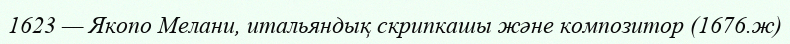
1623 — Якопо Мелани, итальяндық скрипкашы және композитор (1676.ж)